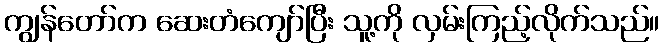
ကျွန်တော်က ဆေးတံကျော်ပြီး သူ့ကို လှမ်းကြည့်လိုက်သည်။